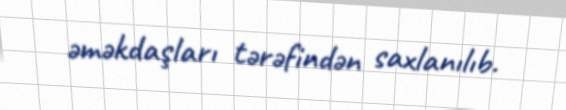
əməkdaşları tərəfindən saxlanılıb.